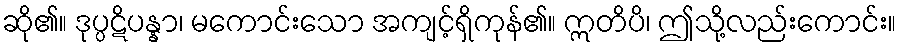
ဆို၏။ ဒုပ္ပဋိပန္နာ၊ မကောင်းသော အကျင့်ရှိကုန်၏။ ဣတိပိ၊ ဤသို့လည်းကောင်း။